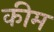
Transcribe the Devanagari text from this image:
कीम